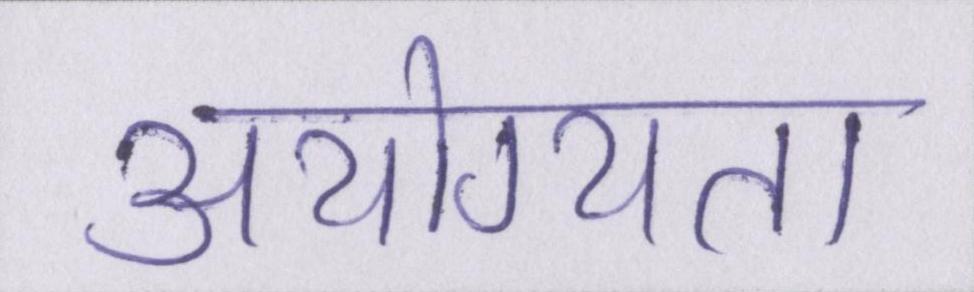
अयोग्यता